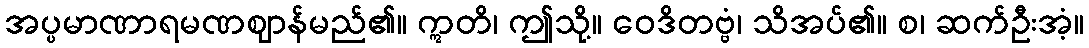
အပ္ပမာဏာရမဏဈာန်မည်၏။ ဣတိ၊ ဤသို့။ ဝေဒိတဗ္ဗံ၊ သိအပ်၏။ စ၊ ဆက်ဦးအံ့။